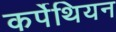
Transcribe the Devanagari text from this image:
कर्पेथियन